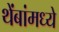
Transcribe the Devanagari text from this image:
थेंबांमध्ये